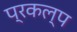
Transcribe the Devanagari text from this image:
प्रकल्‍प